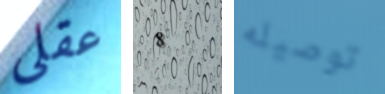
عقلي 8 توصيله